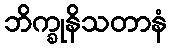
ဘိက္ခုနိသတာနံ